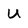
Character: U